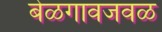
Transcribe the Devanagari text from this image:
बेळगावजवळ